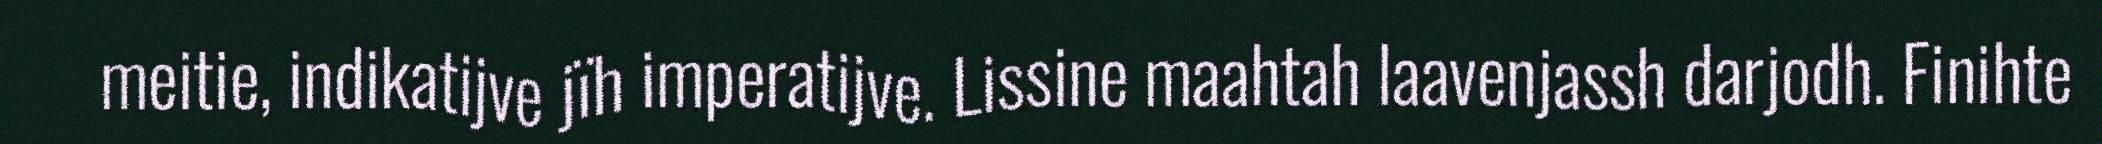
meitie, indikatijve jïh imperatijve. Lissine maahtah laavenjassh darjodh. Finihte